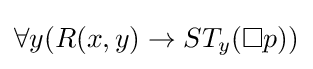
\forall y(R(x,y)\rightarrow ST_{y}(\Box p))